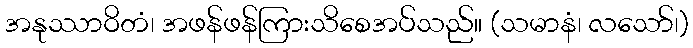
အနုဿာဝိတံ၊ အဖန်ဖန်ကြားသိစေအပ်သည်။ (သမာနံ၊ လသော်၊)